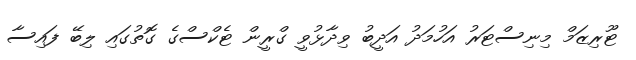
ޓޫރިޒަމް މިނިސްޓަރު އަހުމަދު އަދީބު ވިދާޅުވީ ގްރީން ޓެކްސްގެ ގޮތުގައި ލިބޭ ފައިސާ